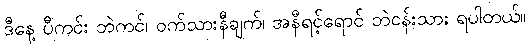
ဒီနေ့ ပီကင်း ဘဲကင်၊ ဝက်သားနီချက်၊ အနီရင့်ရောင် ဘဲငန်းသား ရပါတယ်။